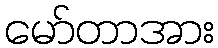
မော်တာအား